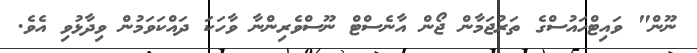
ނޫން" ވައިޓްހައުސްގެ ތަރުޖަމާން ޖޯން އާނެސްޓް ނޫސްވެރިންނާ ވާހަކަ ދައްކަވަމުން ވިދާޅުވި އެވެ.